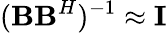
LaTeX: (\textbf{B}\textbf{B}^{H})^{-1}\approx\mathbf{I}